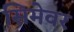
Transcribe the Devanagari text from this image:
सिमेवर